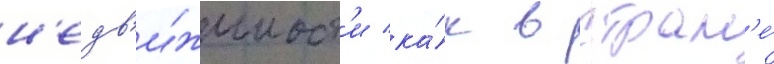
н'едв'и́жимост'и ка́к в стран'е́